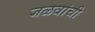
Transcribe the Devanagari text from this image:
जळवांची